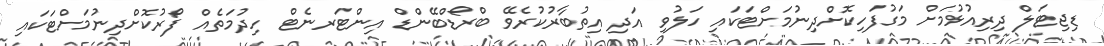
ޑިޖިޓަލް ދިރިއުޅުމަށް މަގުފަހިކޮށްދިނުމަށްޓަކައި ހަލުވި އަދި އިތުބާރުކުރެވޭ ބްރޯޑްބޭންޑް އިންޓަރނެޓް ހިދުމަތެއް ފޯރުކޮށްދިނުމަށްޓަކައި